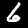
Digit: 6